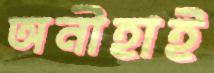
অনীহাই